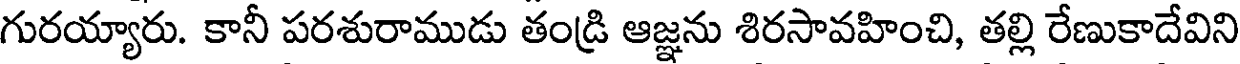
గురయ్యారు. కానీ పరశురాముడు తండ్రి ఆజ్ఞను శిరసావహించి, తల్లి రేణుకాదేవిని